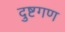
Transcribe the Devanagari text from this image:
दुष्टगण